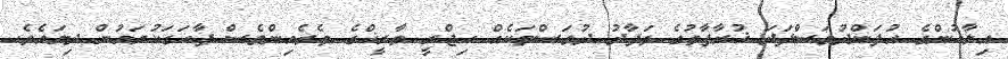
އިލާހުންގެ އުފަންދުވަސްފަދަ ޚުރާފާތުގެ ތަފާދު ދުވަސްތަކެއް ހިޖްރީ ތާރީޚްގެ ތެރެއިންވެސް ފާހަގަކުރަމުން ދިޔައެވެ.